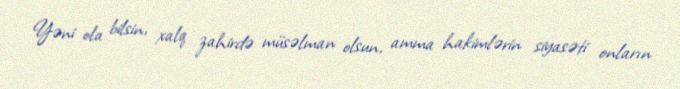
Yəni ola bilsin, xalq zahirdə müsəlman olsun, amma hakimlərin siyasəti onların